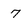
Character: 7